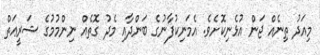
މިއަދު ތިނެއް ޖަން އުޅެނިކޮށެވެ. އެމަނިކުފާނުގެ ބަންދާއި މެދު ގޮތެއް ނިންމުމުގެ ޝަރީޢަތް